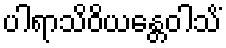
ပါရာသိဝိယန္တေဝါသိံ